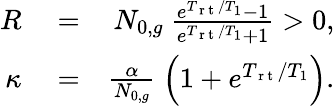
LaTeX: \begin{array}{rlr}{R}&{{}=}&{N_{0,g}\ \frac{e^{T_{\mathrm{~r~t~}}/T_{1}}-1}{e^{T_{\mathrm{~r~t~}}/T_{1}}+1}>0,}\\ {\kappa}&{{}=}&{\frac{\alpha}{N_{0,g}}\ \Big(1+e^{T_{\mathrm{~r~t~}}/T_{1}}\Big).}\end{array}